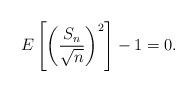
LaTeX: \begin{align*} E\left[\left(\dfrac{S_n}{\sqrt{n}}\right)^{2}\right] -1=0.\end{align*}